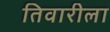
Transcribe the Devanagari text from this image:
तिवारीला